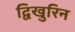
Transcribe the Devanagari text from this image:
द्विखुरिन